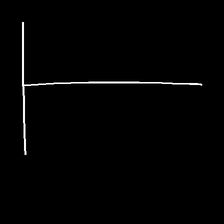
Glyph: column